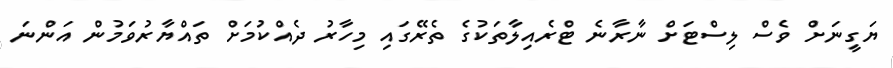
ޔަގީނަށް ވެސް ލިސްޓަށް ނާރާނެ ޓްރެއިލާތަކުގެ ތެރޭގައި މިހާރު ދެއްކުމަށް ތައްޔާރުވަމުން އަންނަ